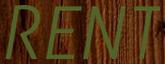
RENT